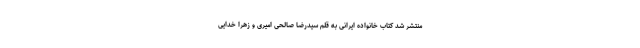
منتشر شد کتاب خانواده ایرانی به قلم سیدرضا صالحی امیری و زهرا خدایی